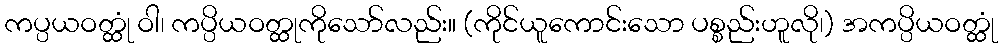
ကပ္ပယဝတ္ထုံ ဝါ၊ ကပ္ပိယဝတ္ထုကိုသော်လည်း။ (ကိုင်ယူကောင်းသော ပစ္စည်းဟူလို၊) အကပ္ပိယဝတ္ထုံ